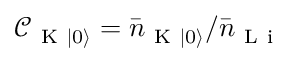
\mathcal { C } _ { \mathrm { ~ K ~ } \lvert 0 \rangle } = \bar { n } _ { \mathrm { ~ K ~ } \lvert 0 \rangle } / \bar { n } _ { \mathrm { ~ L ~ i ~ } }